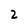
Character: 2